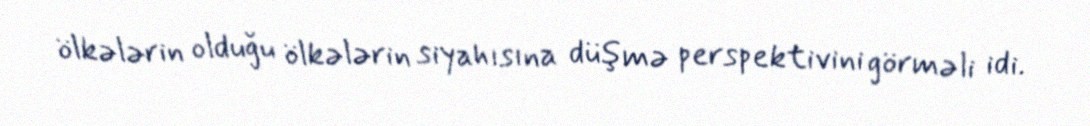
ölkələrin olduğu ölkələrin siyahısına düşmə perspektivini görməli idi.